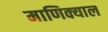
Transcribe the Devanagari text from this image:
माणिक्याल